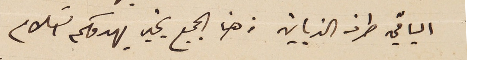
الباقي طرف الزباين من هنا الجميع بخير يهدوكم السَلام